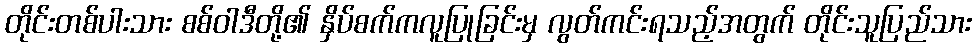
တိုင်းတစ်ပါးသား စစ်ဝါဒီတို့၏ နှိပ်စက်ကလူပြုခြင်းမှ လွတ်ကင်းရသည့်အတွက် တိုင်းသူပြည်သား